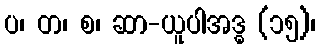
ပ၊ တ၊ စ၊ ဆာ-ယူပါအဒ္ဓ (၁၅)၊